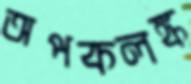
অপকলঙ্ক